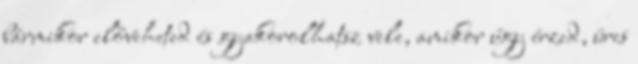
bármikor előveheted és gyakorolhatsz vele, amikor úgy érzed, üres